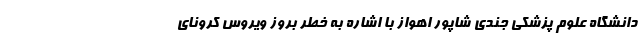
دانشگاه علوم پزشکی جندی شاپور اهواز با اشاره به خطر بروز ویروس کرونای